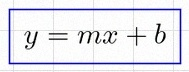
y=mx+b